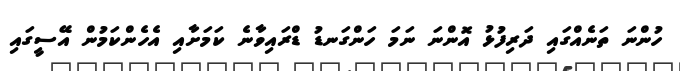
ހުންނަ ތަނެއްގައި ދަރިފުޅު އޮންނަ ނަމަ ހަންގަނޑު ޑްރައިވާނެ ކަމަށާއި އެހެންކަމުން އޭސީގައި